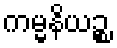
ကမ္မနိယဉ္စ